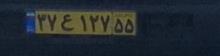
۳۷ع۱۲۷۵۵